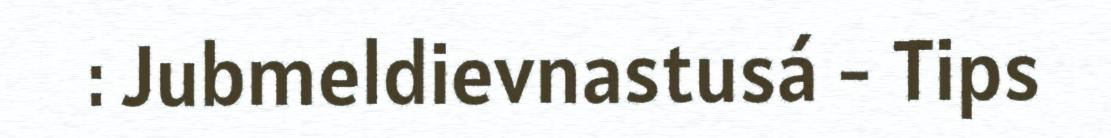
: Jubmeldievnastusá - Tips